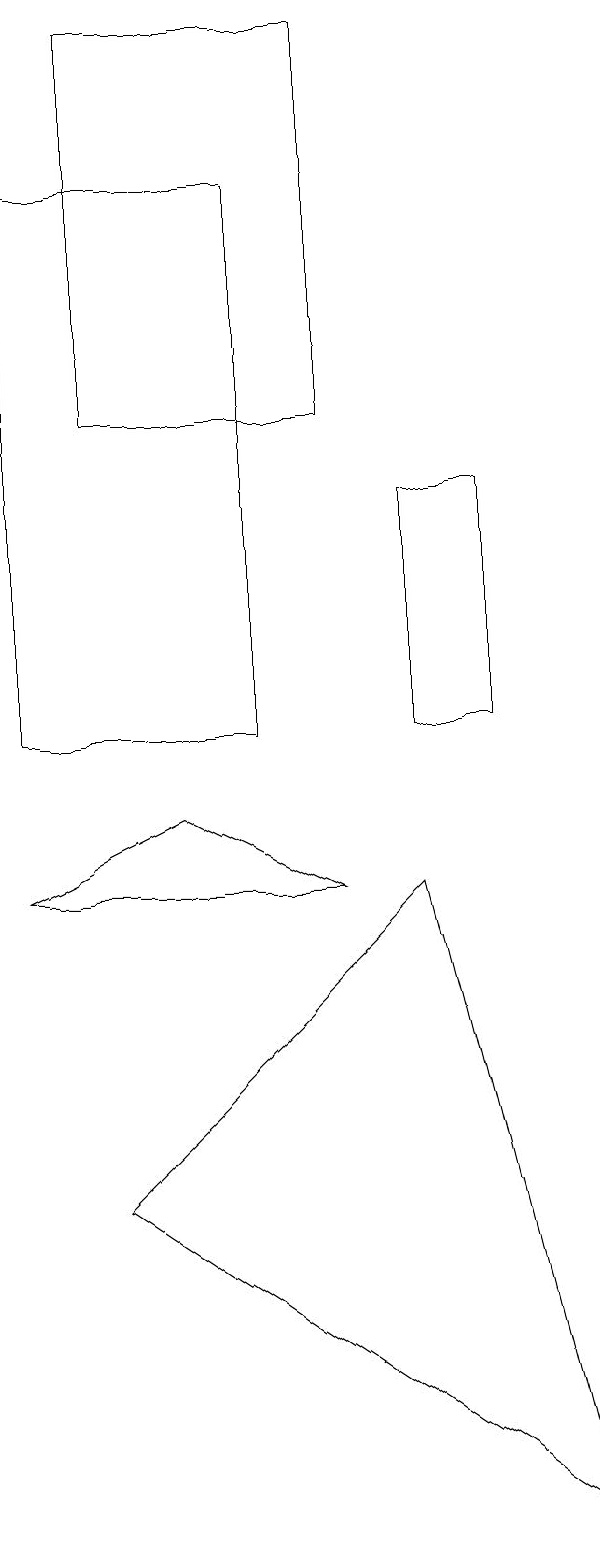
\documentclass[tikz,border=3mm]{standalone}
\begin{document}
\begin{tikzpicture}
\draw (4,8) -- (0,8) -- (2,9) -- cycle;
\draw (1,4) -- (7,0) -- (5,8) -- cycle;
\draw (5,10) rectangle (6,13);
\draw (4,19) rectangle (1,14);
\draw (0,17) rectangle (3,10);
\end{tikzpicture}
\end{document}